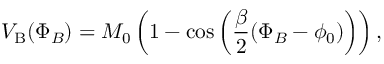
V _ { \mathrm { B } } ( \Phi _ { B } ) = M _ { 0 } \left( 1 - \cos \left( \frac { \beta } { 2 } ( \Phi _ { B } - \phi _ { 0 } ) \right) \right) ,